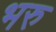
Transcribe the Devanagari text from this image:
भरु